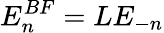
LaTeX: E_{n}^{BF}=LE_{-n}